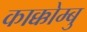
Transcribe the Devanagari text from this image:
काक्कोम्बु